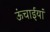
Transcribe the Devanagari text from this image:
ऊंचाईयां